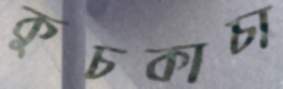
কুচকাচা